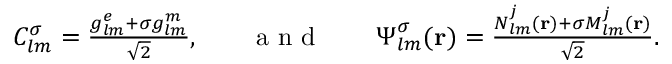
\begin{array} { r l r l r } { C _ { l m } ^ { \sigma } = \frac { { g _ { l m } ^ { e } + \sigma g _ { l m } ^ { m } } } { \sqrt { 2 } } , } & { { } } & { \mathrm { ~ a ~ n ~ d ~ } } & { { } } & { \boldsymbol { \Psi } _ { l m } ^ { \sigma } ( { \bf r } ) = \frac { { \boldsymbol { N } } _ { l m } ^ { j } ( { \bf r } ) + \sigma { \boldsymbol { M } } _ { l m } ^ { j } ( { \bf r } ) } { \sqrt { 2 } } . } \end{array}